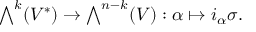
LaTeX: { \textstyle \bigwedge } ^ { k } ( V ^ { * } ) \to { \textstyle \bigwedge } ^ { n - k } ( V ) : \alpha \mapsto i _ { \alpha } \sigma .